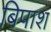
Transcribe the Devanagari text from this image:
बिपाश